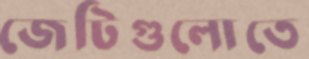
জেটিগুলোতে